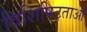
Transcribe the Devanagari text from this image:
विशिषिटताओं